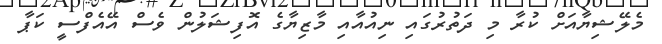
މެލޭޝިޔާއަށް ކުރާ މި ދަތުރުގައި ނިއުއާއި މާޒިޔާގެ އޮފިޝަލުން ވެސް އޭއެފްސީ ކަޕާ